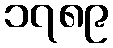
၁၇၈၉